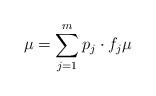
LaTeX: \begin{align*}\mu=\sum_{j=1}^m p_j \cdot f_j \mu\end{align*}